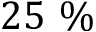
2 5 ~ \%